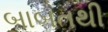
બાબતથી